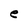
Character: e